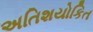
અતિશયોકિત